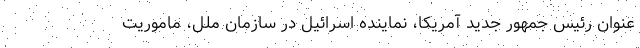
عنوان رئیس جمهور جدید آمریکا، نماینده اسرائیل در سازمان ملل، ماموریت